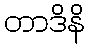
တာဒိနိ